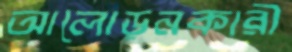
আলোড়নকারী